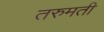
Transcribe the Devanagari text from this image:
तरुमती